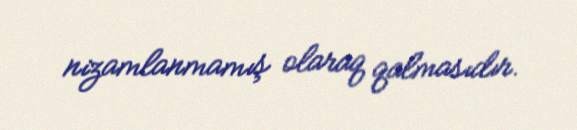
nizamlanmamış olaraq qalmasıdır.